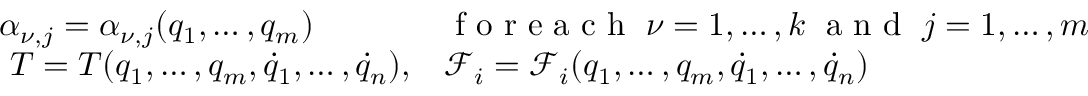
\begin{array} { l l } { \alpha _ { \nu , j } = \alpha _ { \nu , j } ( q _ { 1 } , \dots , q _ { m } ) } & { \textrm { f o r e a c h } \; \nu = 1 , \dots , k \; \textrm { a n d } \; j = 1 , \dots , m } \\ { \ T = T ( q _ { 1 } , \dots , q _ { m } , { \dot { q } } _ { 1 } , \dots , { \dot { q } } _ { n } ) , } & { \mathcal { F } _ { i } = \mathcal { F } _ { i } ( q _ { 1 } , \dots , q _ { m } , { \dot { q } } _ { 1 } , \dots , { \dot { q } } _ { n } ) } \end{array}